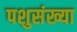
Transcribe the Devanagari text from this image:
पशुसंख्या